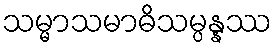
သမ္မာသမာဓိသမ္ပန္နဿ